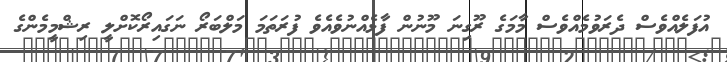
އުފަލެއްވެސް ދެރަވުމެއްވެސް މާމަގެ ރޫގިނަ މޫނުން ފާޅެއްނުވެއެވެ ފުރަތަމަ މަލްބަރޯ ނަގައިރޯކޮށްލީ ރިޝްމީމެންގެ